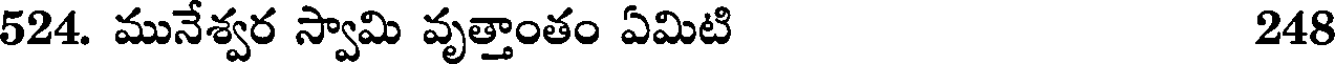
524. మునేశ్వర స్వామి వృత్తాంతం ఏమిటి 248